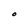
Character: O